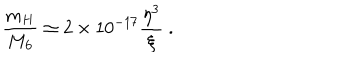
\frac { m _ { H } } { M _ { 6 } } \simeq 2 \times 1 0 ^ { - 1 7 } \frac { \eta ^ { 3 } } { \xi } ~ .